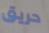
حريق